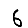
Digit: 6